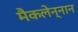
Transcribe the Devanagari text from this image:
मैकलेन्नान